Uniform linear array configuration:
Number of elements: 64
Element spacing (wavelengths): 0.25
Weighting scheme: kaiser
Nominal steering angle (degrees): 30
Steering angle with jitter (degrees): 28.936
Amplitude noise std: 0.05
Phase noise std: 0.05

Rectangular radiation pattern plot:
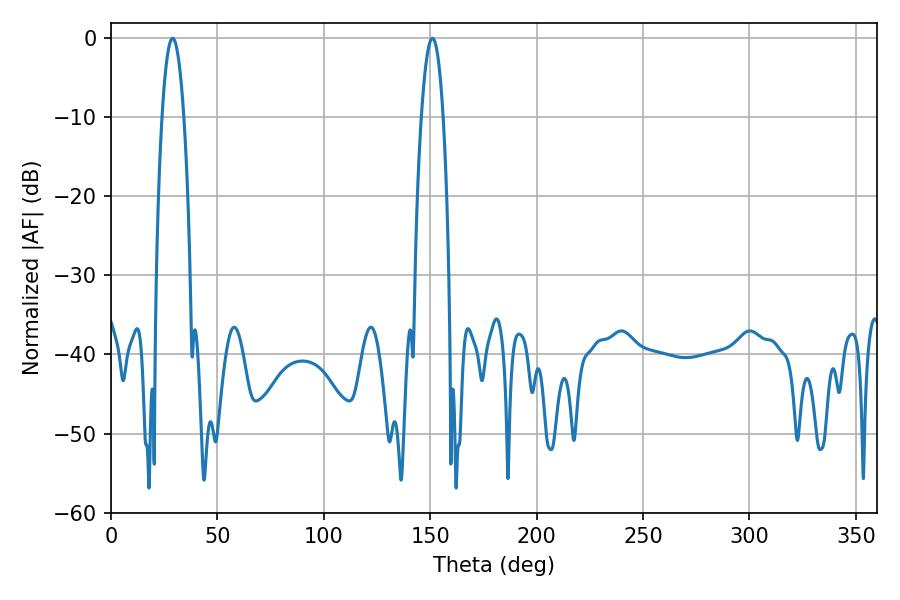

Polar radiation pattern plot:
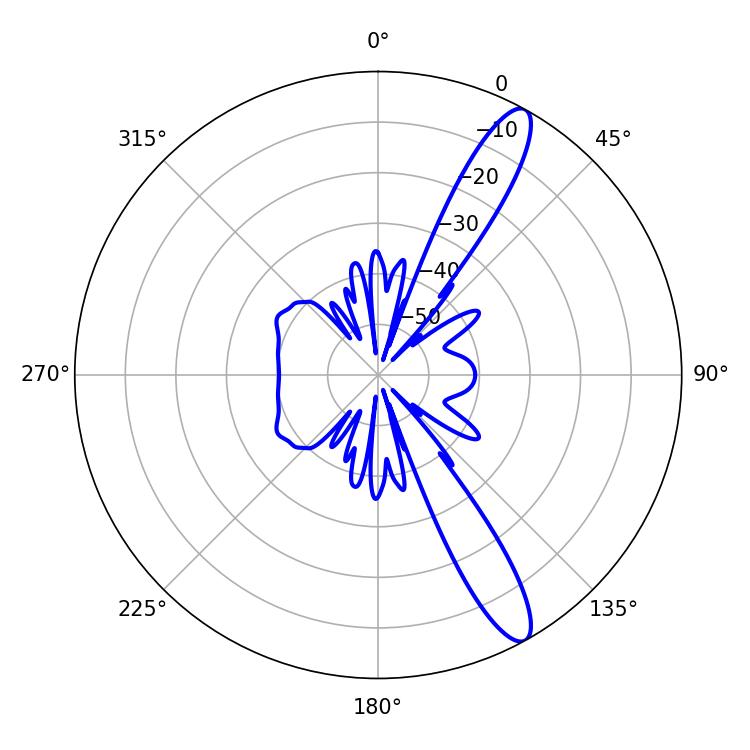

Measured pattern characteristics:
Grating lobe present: FALSE
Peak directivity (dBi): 12.877
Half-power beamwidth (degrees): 5.76
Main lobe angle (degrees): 28.98